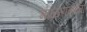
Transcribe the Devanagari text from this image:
माळरानांना